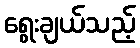
ရွေးချယ်သည့်